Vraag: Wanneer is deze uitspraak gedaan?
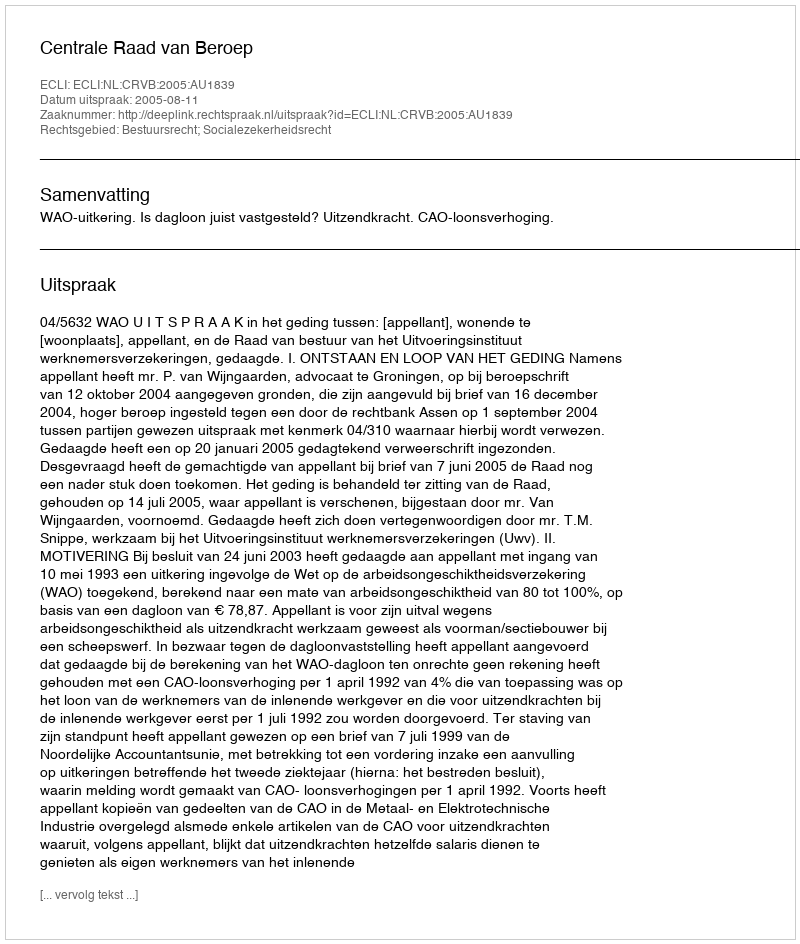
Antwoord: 2005-08-11